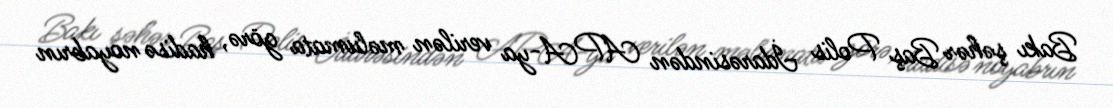
Bakı şəhər Baş Polis İdarəsindən APA-ya verilən məlumata görə, hadisə noyabrın